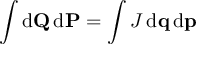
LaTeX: \int \mathrm { d } \mathbf { Q } \, \mathrm { d } \mathbf { P } = \int J \, \mathrm { d } \mathbf { q } \, \mathrm { d } \mathbf { p }